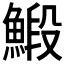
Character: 𩹨